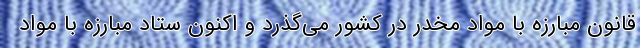
قانون مبارزه با مواد مخدر در کشور می‌گذرد و اکنون ستاد مبارزه با مواد